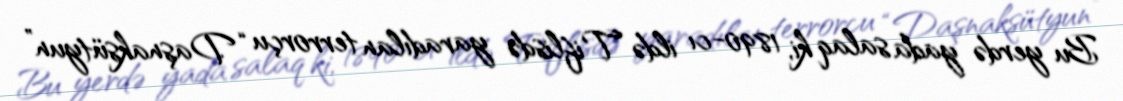
Bu yerdə yada salaq ki, 1890-cı ildə Tiflisdə yaradılan terrorçu “Daşnaksütyun”